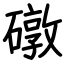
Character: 礅